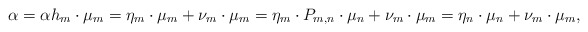
\begin{align*}\alpha &=\alpha h_m \cdot \mu_m = \eta_m \cdot \mu_m + \nu_m \cdot \mu_m= \eta_m \cdot P_{m,n} \cdot \mu_{n} + \nu_m \cdot \mu_m = \eta_n \cdot \mu_{n} + \nu_m \cdot \mu_m, \end{align*}